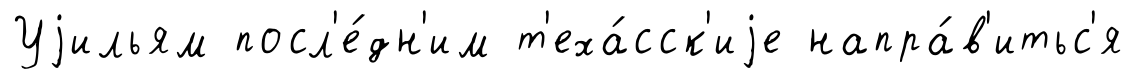
Уjильям посл'е́дн'им т'еха́сск'иjе напра́в'итьс'я